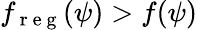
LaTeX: f_{\mathrm{~r~e~g~}}(\psi)>f(\psi)